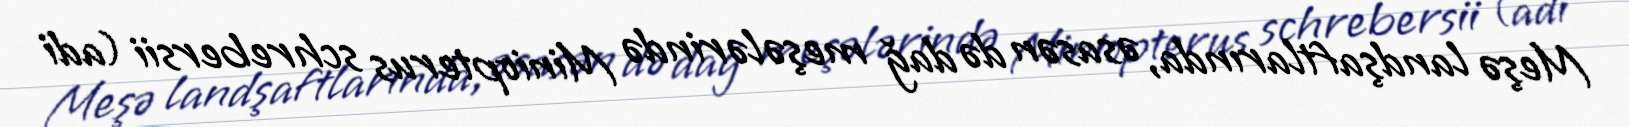
Meşə landşaftlarında, əsasən də dağ meşələrində Miniopterus schrebersii (adi